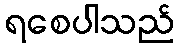
ရစေပါသည်